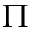
\Pi